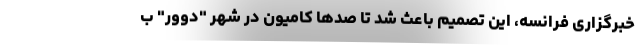
خبرگزاری فرانسه، این تصمیم باعث شد تا صدها کامیون در شهر "دوور" ب